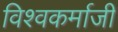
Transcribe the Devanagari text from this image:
विश्वकर्माजी